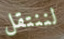
لننتقل